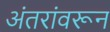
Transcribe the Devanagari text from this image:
अंतरांवरून